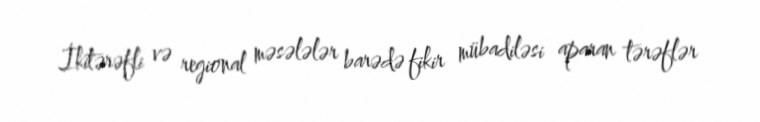
İkitərəfli və regional məsələlər barədə fikir mübadiləsi aparan tərəflər